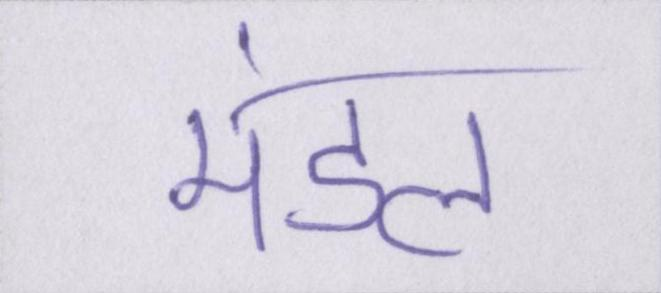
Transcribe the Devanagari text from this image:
मंडल